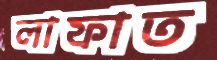
লাফাত